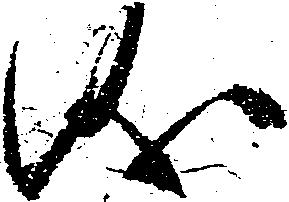
儀